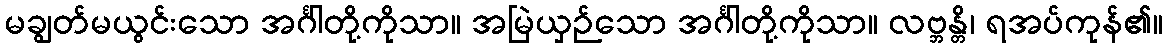
မချွတ်မယွင်းသော အင်္ဂါတို့ကိုသာ။ အမြဲယှဉ်သော အင်္ဂါတို့ကိုသာ။ လဗ္ဘန္တိ၊ ရအပ်ကုန်၏။